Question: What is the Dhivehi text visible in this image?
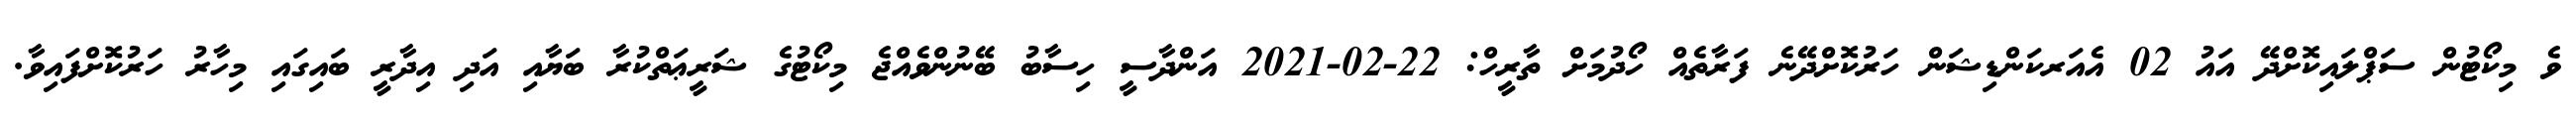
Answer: ވެ މިކޯޓުން ސަޕްލައިކޮށްދޭ އައު 02 އެއަރކަންޑިޝަން ހަރުކޮށްދޭނެ ފަރާތެއް ހޯދުމަށް ތާރީހް: 22-02-2021 އަންދާސީ ހިސާބު ބޭނުންވެއްޖެ މިކޯޓުގެ ޝަރީޢަތްކުރާ ބަޔާއި އަދި އިދާރީ ބައިގައި މިހާރު ހަރުކޮށްފައިވާ.